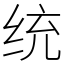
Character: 统